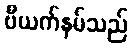
ဗီယက်နမ်သည်